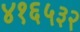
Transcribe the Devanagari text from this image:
४१६५३२